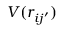
V ( r _ { i j ^ { \prime } } )